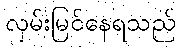
လှမ်းမြင်နေရသည်